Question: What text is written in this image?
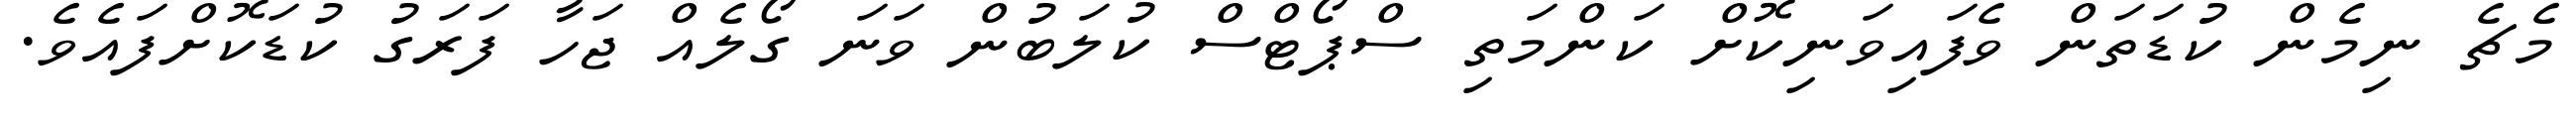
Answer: މެޗެ ނިމެން ކުޑަތަން ވެފައިވަނިކޮށް ކަންމަތި ސްޕޯޓްސް ކުލަބުން ވަނަ ގޯލެއް ޖަހާ ފަރަގު ކުޑަކޮށްފައެވެ.